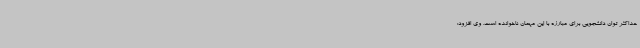
حداکثر توان دانشجویی برای مبارزه با این مهمان ناخوانده است. وی افزود: